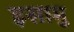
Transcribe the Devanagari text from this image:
इसामु